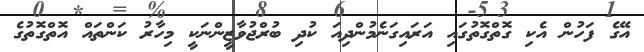
އޭގެ ފަހުން އެކި ގޮތްގޮތުގައި އަރައިގަނެމުންދިއަ ކުދި ބުރްޖުވާޒީންނަކީ މިހާރު ކަންތައް އޮތްގޮތުގެ